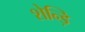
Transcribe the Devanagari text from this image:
शेन्ड़ि